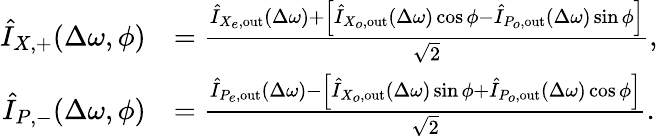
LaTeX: \begin{array}{rl}{\hat{I}_{X,+}(\Delta\omega,\phi)}&{=\frac{\hat{I}_{X_{e},\mathrm{out}}(\Delta\omega)+\left[\hat{I}_{X_{o},\mathrm{out}}(\Delta\omega)\cos\phi-\hat{I}_{P_{o},\mathrm{out}}(\Delta\omega)\sin\phi\right]}{\sqrt{2}},}\\ {\hat{I}_{P,-}(\Delta\omega,\phi)}&{=\frac{\hat{I}_{P_{e},\mathrm{out}}(\Delta\omega)-\left[\hat{I}_{X_{o},\mathrm{out}}(\Delta\omega)\sin\phi+\hat{I}_{P_{o},\mathrm{out}}(\Delta\omega)\cos\phi\right]}{\sqrt{2}}.}\end{array}